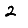
Digit: 2